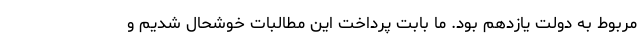
مربوط به دولت یازدهم بود. ما بابت پرداخت این مطالبات خوشحال شدیم و